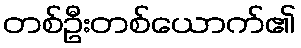
တစ်ဦးတစ်ယောက်၏